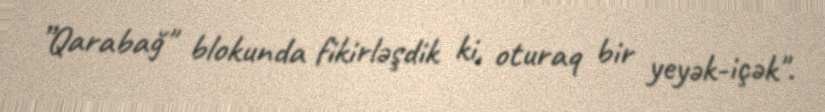
”Qarabağ" blokunda fikirləşdik ki, oturaq bir yeyək-içək".